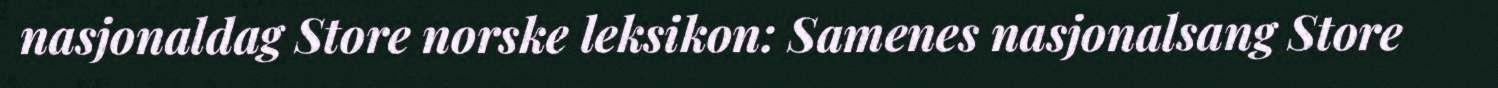
nasjonaldag Store norske leksikon: Samenes nasjonalsang Store